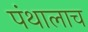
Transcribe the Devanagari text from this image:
पंथालाच